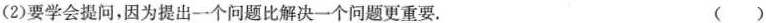
(2)要学会提问，因为提出一个问题比解决一个问题更重要。 ( )